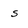
Character: 5